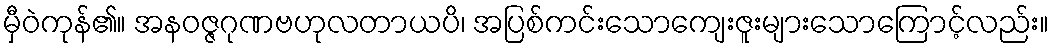
မှီဝဲကုန်၏။ အနဝဇ္ဇဂုဏဗဟုလတာယပိ၊ အပြစ်ကင်းသောကျေးဇူးများသောကြောင့်လည်း။